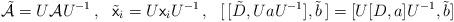
LaTeX: \begin{align*} \tilde{\mathcal{A}} = U \mathcal{A} U^{-1}\,, \ \ \tilde{{\sf x}}_i = U {\sf x}_i U^{-1} \,, \ \ [\,[\tilde{D},UaU^{-1}],\tilde{b}\,] = [U [D,a] U^{-1},\tilde{b}] \end{align*}